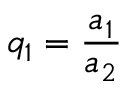
q _ { 1 } = \frac { a _ { 1 } } { a _ { 2 } }